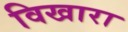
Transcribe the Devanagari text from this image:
विखारा